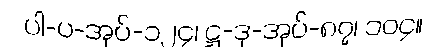
ပါ-ပ-အုပ်-၁၂၄၊ ဋ္ဌ-ဒု-အုပ်-၈၇၊ ၁၀၄။